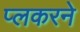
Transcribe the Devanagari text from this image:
प्लकरने